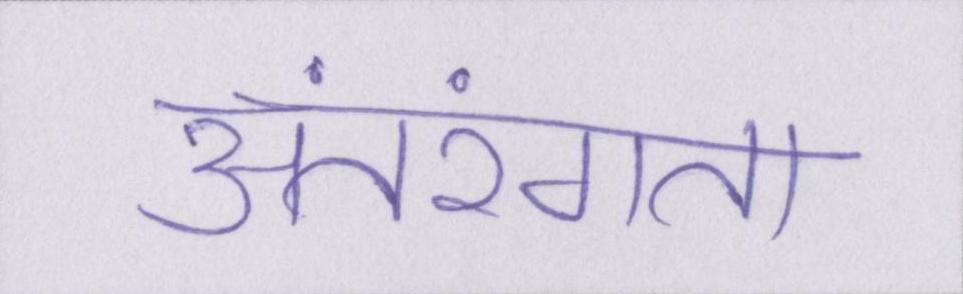
अंतरंगता